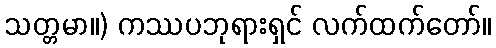
သတ္တမာ။) ကဿပဘုရားရှင် လက်ထက်တော်။